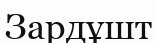
Зардұшт